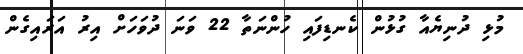
މުޅި ދުނިޔެއާ ގުޅުން ކެނޑިފައި ހުންނަތާ 22 ވަނަ ދުވަހަށް އިރު އަރައިގެން